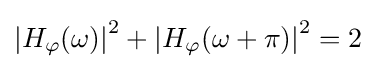
{\left|H_{\varphi }(\omega )\right|}^{2}+{\left|H_{\varphi }(\omega +\pi )\right|}^{2}=2